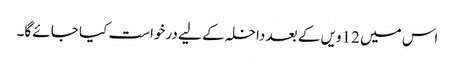
اس میں 12ویں کے بعد داخلہ کے لیے درخواست کیا جائے گا۔